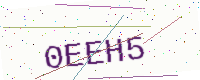
Text: 0EEH5